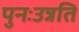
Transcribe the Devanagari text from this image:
पुनःउन्नति